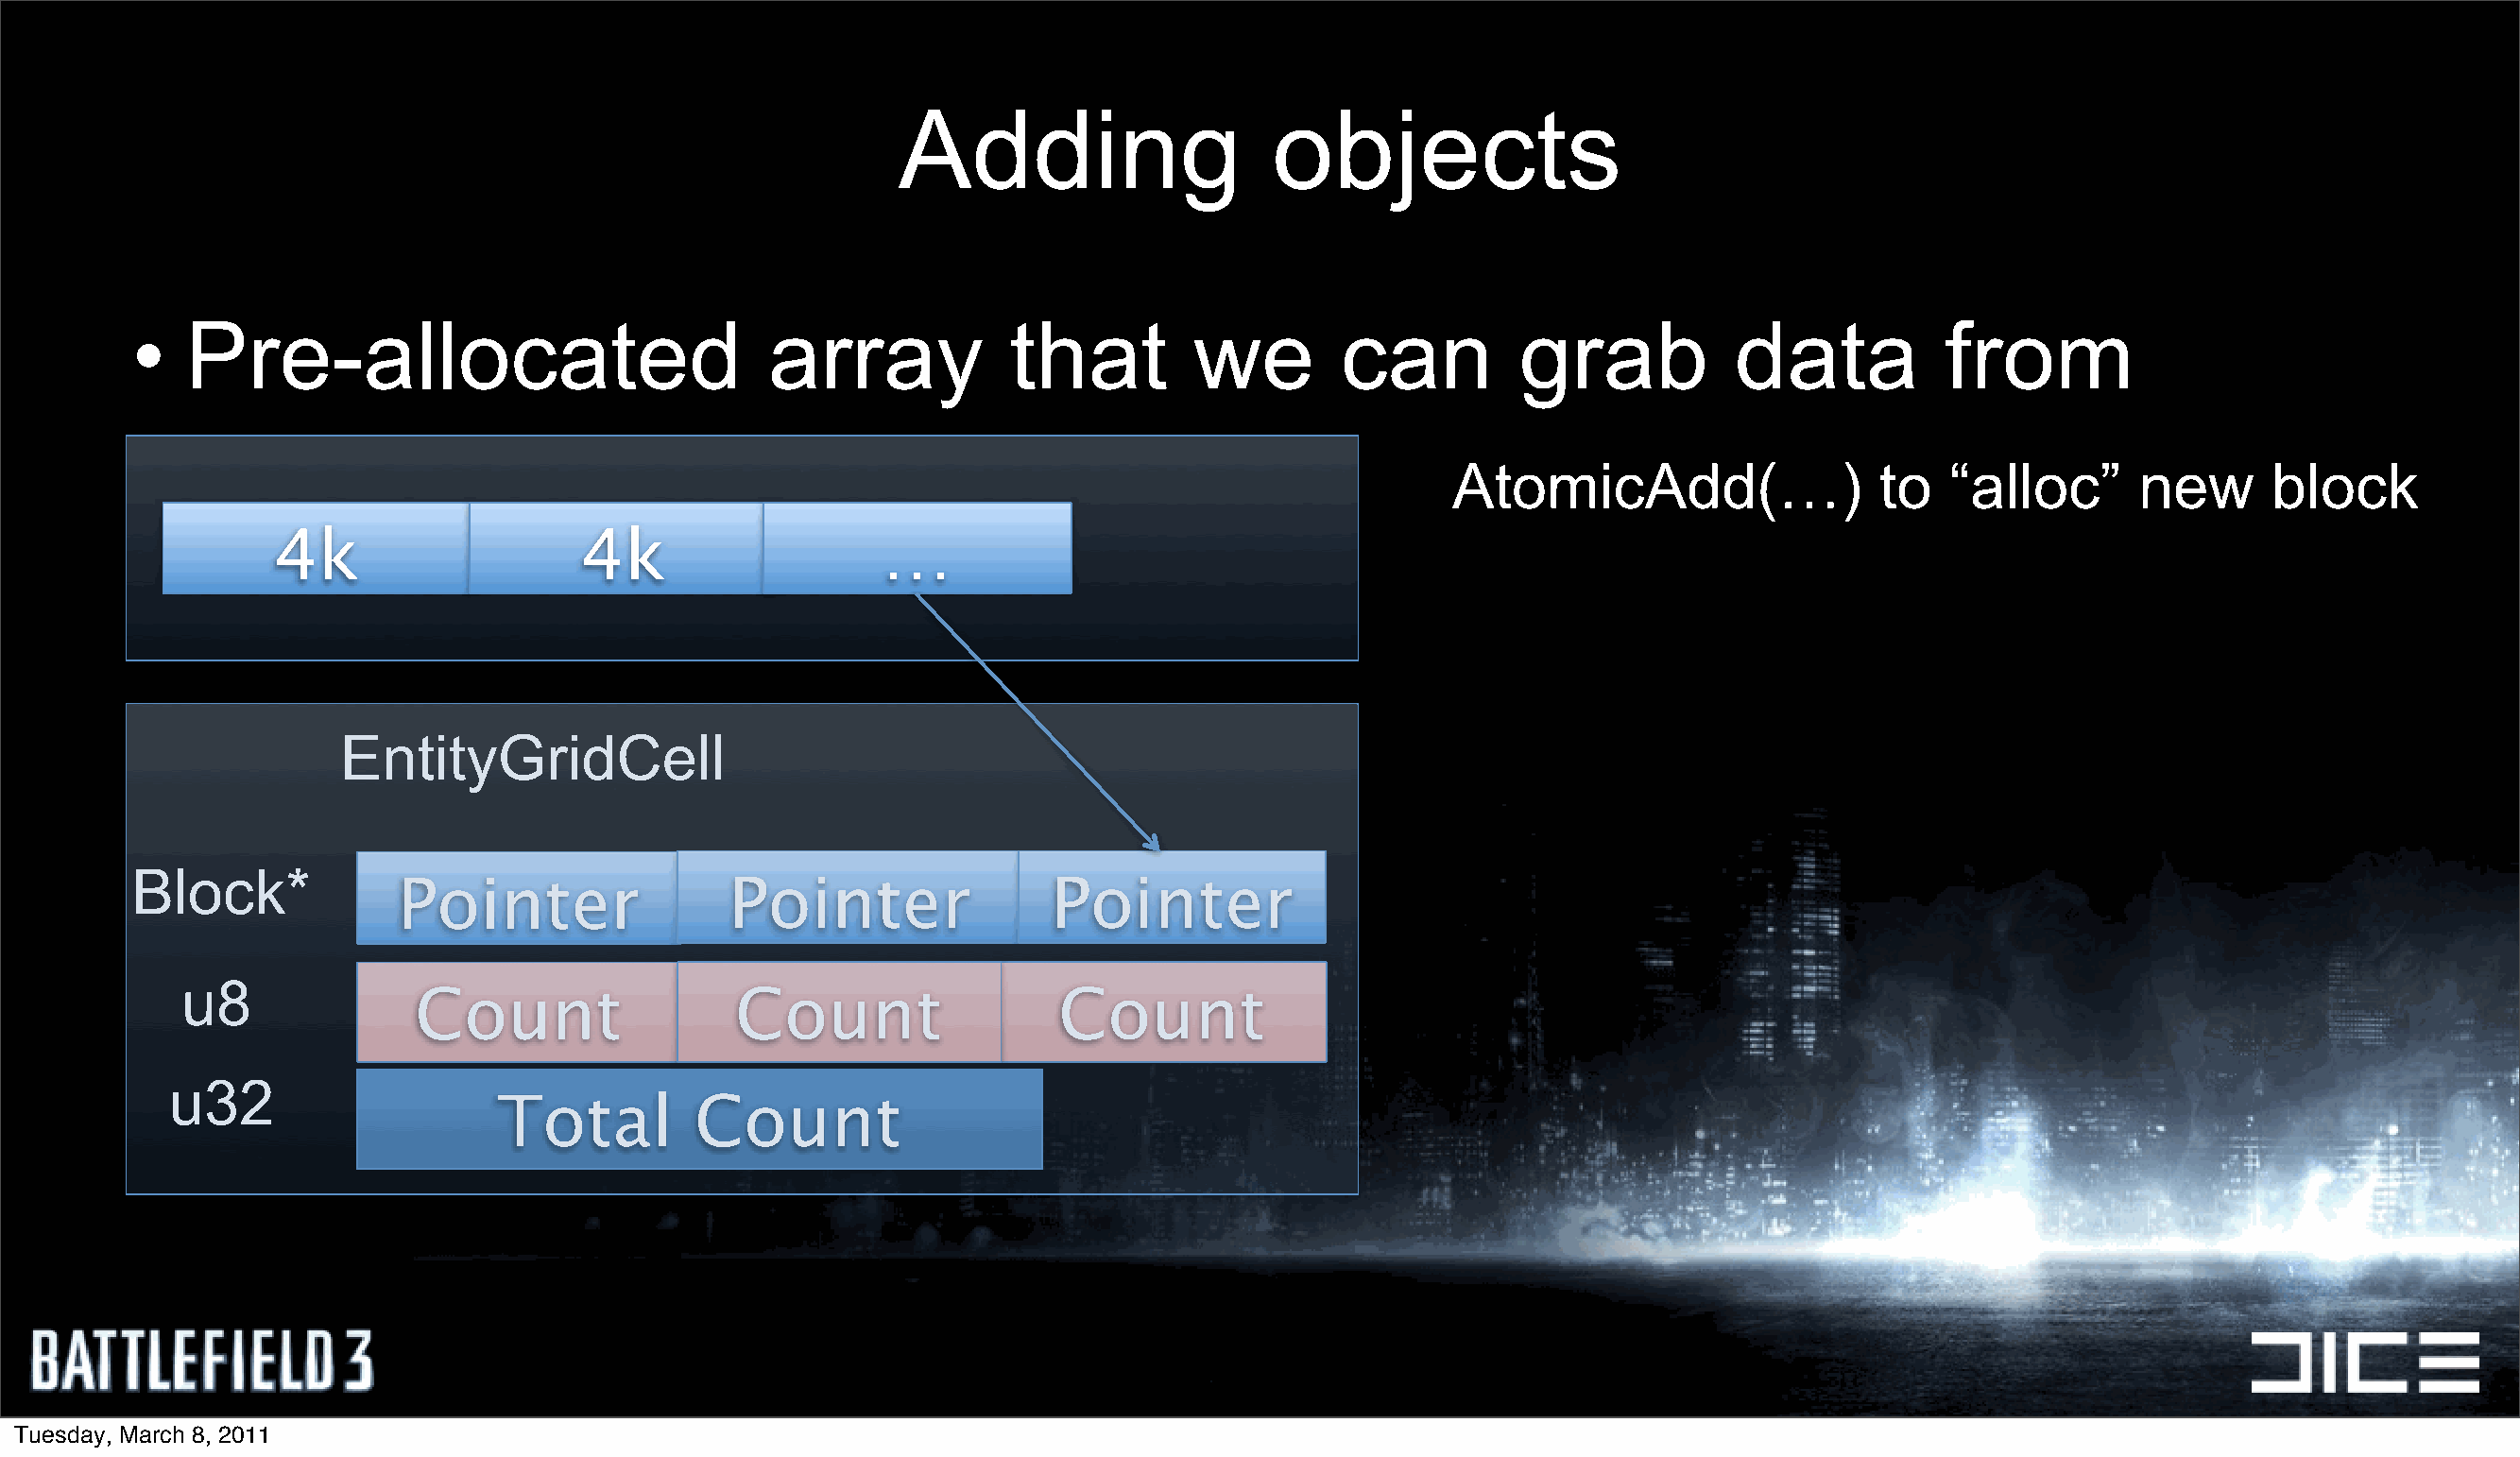
Adding                    objects
 •   Pre-allocated                            array            that         we        can         grab            data          from
 AtomicAdd(…)                  to   “alloc”      new      block
 4k                    4k                   …
 EntityGridCell
 Block*
 Pointer                Pointer                Pointer
 u8
 Count                  Count                 Count
 u32
 Total         Count
 Tuesday, March 8, 2011